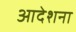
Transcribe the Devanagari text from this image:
आदेशना